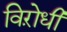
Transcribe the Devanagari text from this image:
विऱोधी